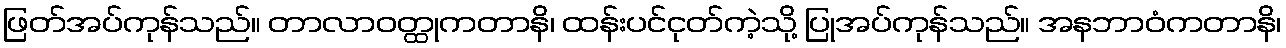
ဖြတ်အပ်ကုန်သည်။ တာလာဝတ္ထုကတာနိ၊ ထန်းပင်ငုတ်ကဲ့သို့ ပြုအပ်ကုန်သည်။ အနဘာဝံကတာနိ၊